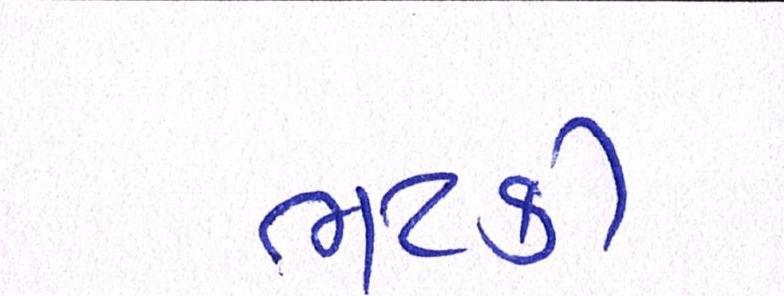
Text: ભટકી